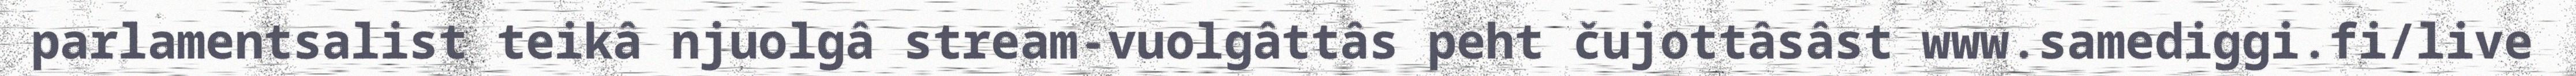
parlamentsalist teikâ njuolgâ stream-vuolgâttâs peht čujottâsâst www.samediggi.fi/live